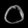
Digit: ၀